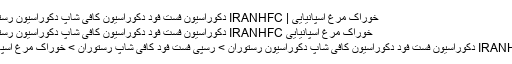
خوراک مرغ اسپانیایی | IRANHFC دکوراسیون فست فود دکوراسیون کافی شاپ دکوراسیون رستوران
خوراک مرغ اسپانیایی IRANHFC دکوراسیون فست فود دکوراسیون کافی شاپ دکوراسیون رستوران
IRANHFC دکوراسیون فست فود دکوراسیون کافی شاپ دکوراسیون رستوران > رسپی فست فود کافی شاپ رستوران > خوراک مرغ اسپانیایی